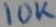
Text: 10K